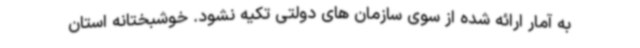
به آمار ارائه شده از سوی سازمان های دولتی تکیه نشود. خوشبختانه استان